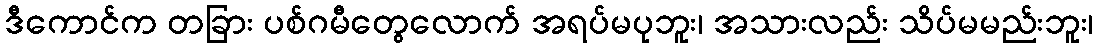
ဒီကောင်က တခြား ပစ်ဂမီတွေလောက် အရပ်မပုဘူး၊ အသားလည်း သိပ်မမည်းဘူး၊